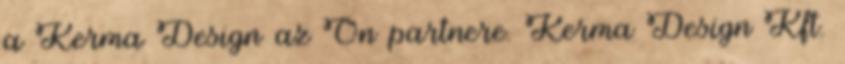
a Kerma Design az Ön partnere. Kerma Design Kft.